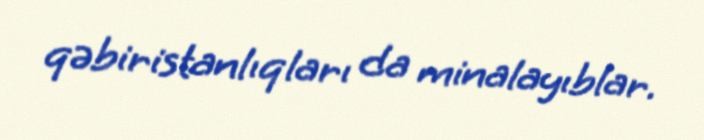
qəbiristanlıqları da minalayıblar.